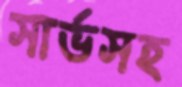
সার্ভসহ